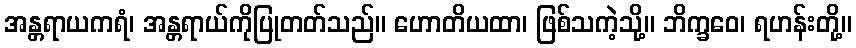
အန္တရာယကရံ၊ အန္တရာယ်ကိုပြုတတ်သည်။ ဟောတိယထာ၊ ဖြစ်သကဲ့သို့။ ဘိက္ခဝေ၊ ရဟန်းတို့။